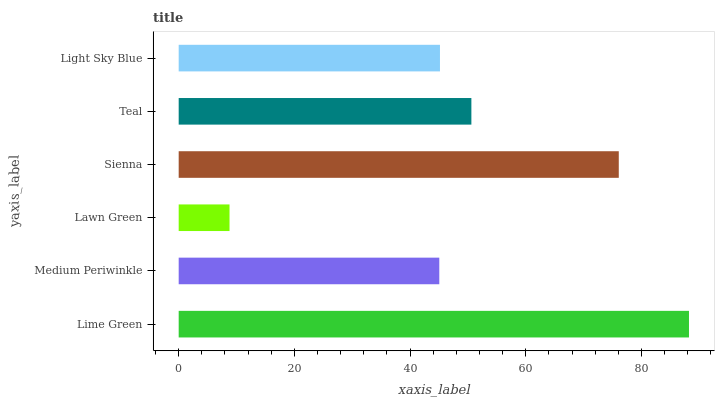
| yaxis_label | bars |
 | --- | --- |
 | Lime Green | 88.2 |
 | Medium Periwinkle | 45.1 |
 | Lawn Green | 8.79 |
 | Sienna | 76.1 |
 | Teal | 50.6 |
 | Light Sky Blue | 45.2 |